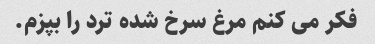
فکر می کنم مرغ سرخ شده ترد را بپزم.